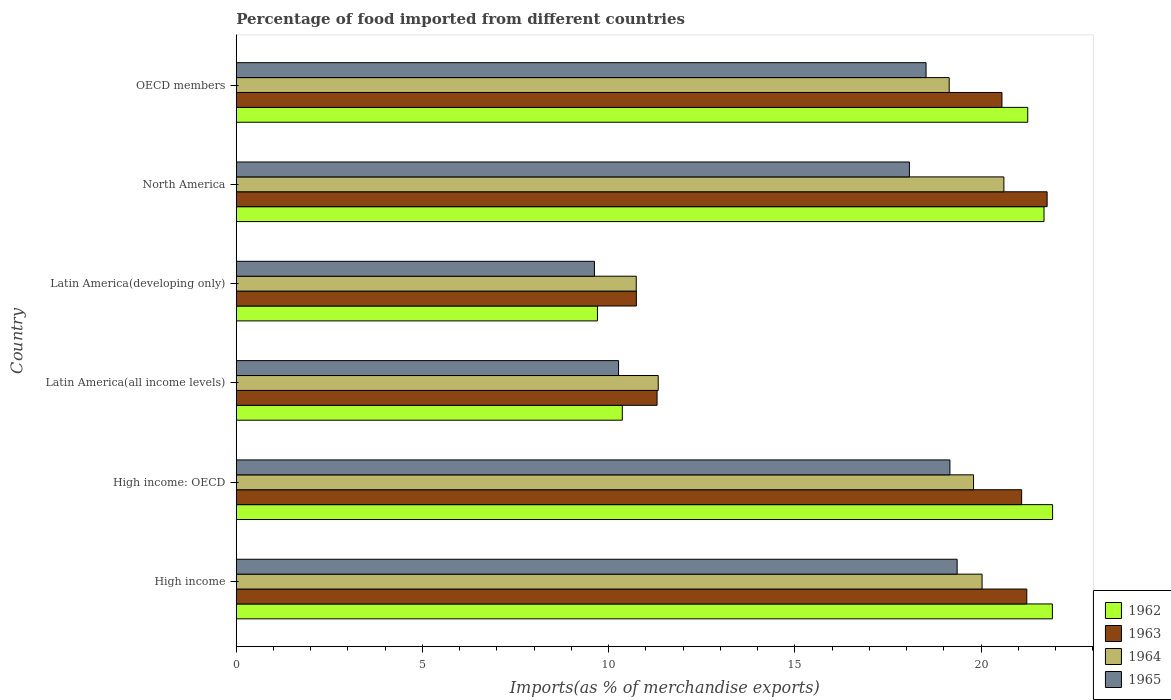
| Country | 1962 | 1963 | 1964 | 1965 |
 | --- | --- | --- | --- | --- |
 | High income | 21.9 | 21.2 | 20 | 19.4 |
 | High income: OECD | 21.9 | 21.1 | 19.8 | 19.2 |
 | Latin America(all income levels) | 10.4 | 11.3 | 11.3 | 10.3 |
 | Latin America(developing only) | 9.7 | 10.7 | 10.7 | 9.62 |
 | North America | 21.7 | 21.8 | 20.6 | 18.1 |
 | OECD members | 21.3 | 20.6 | 19.1 | 18.5 |